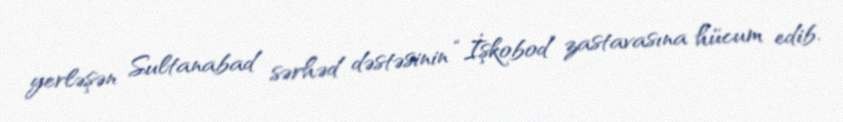
yerləşən Sultanabad sərhəd dəstəsinin “İşkobod” zastavasına hücum edib.